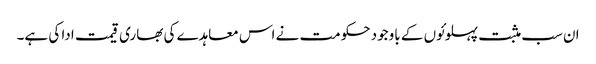
ان سب مثبت پہلوئوں کے باوجود حکومت نے اس معاہدے کی بھاری قیمت ادا کی ہے۔